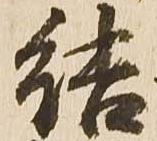
結